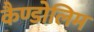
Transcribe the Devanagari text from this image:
कैण्डोलिम